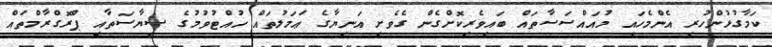
ކަމާގުޅުންހުރި އެންމެހައި މުއައްސަސާތައް ބައިވެރިކޮށްގެން ގެވެށި އަނިޔާގެ ޢަމަލުތައް ހުއްޓުވުމުގެ ސިޔާސަތާއި ޕްރޮގްރާމްތައް